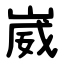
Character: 崴